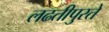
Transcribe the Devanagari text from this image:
लढतीपुरते